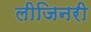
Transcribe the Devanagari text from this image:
लीजिनरी